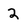
Character: 2